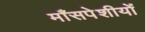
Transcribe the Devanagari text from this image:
माँसपेशीयों